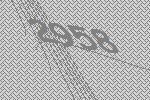
2958